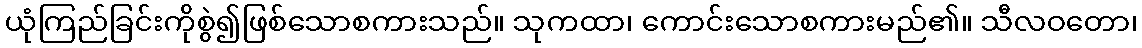
ယုံကြည်ခြင်းကိုစွဲ၍ဖြစ်သောစကားသည်။ သုကထာ၊ ကောင်းသောစကားမည်၏။ သီလဝတော၊